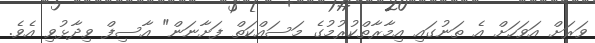
ވަރަށް އަވަހަށް އެ ތަނުގައި އިމާރާތްކުރުމުގެ މަސައްކަތް ފަށާނަން" އާސިފް ވިދާޅުވި އެވެ.